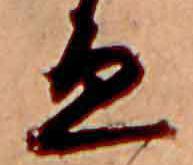
ゑ